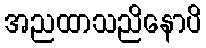
အညထာသညိနောပိ